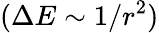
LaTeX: (\Delta E\sim 1/r^{2})